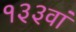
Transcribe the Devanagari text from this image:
१३३वां